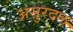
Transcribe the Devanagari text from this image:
असुरदल